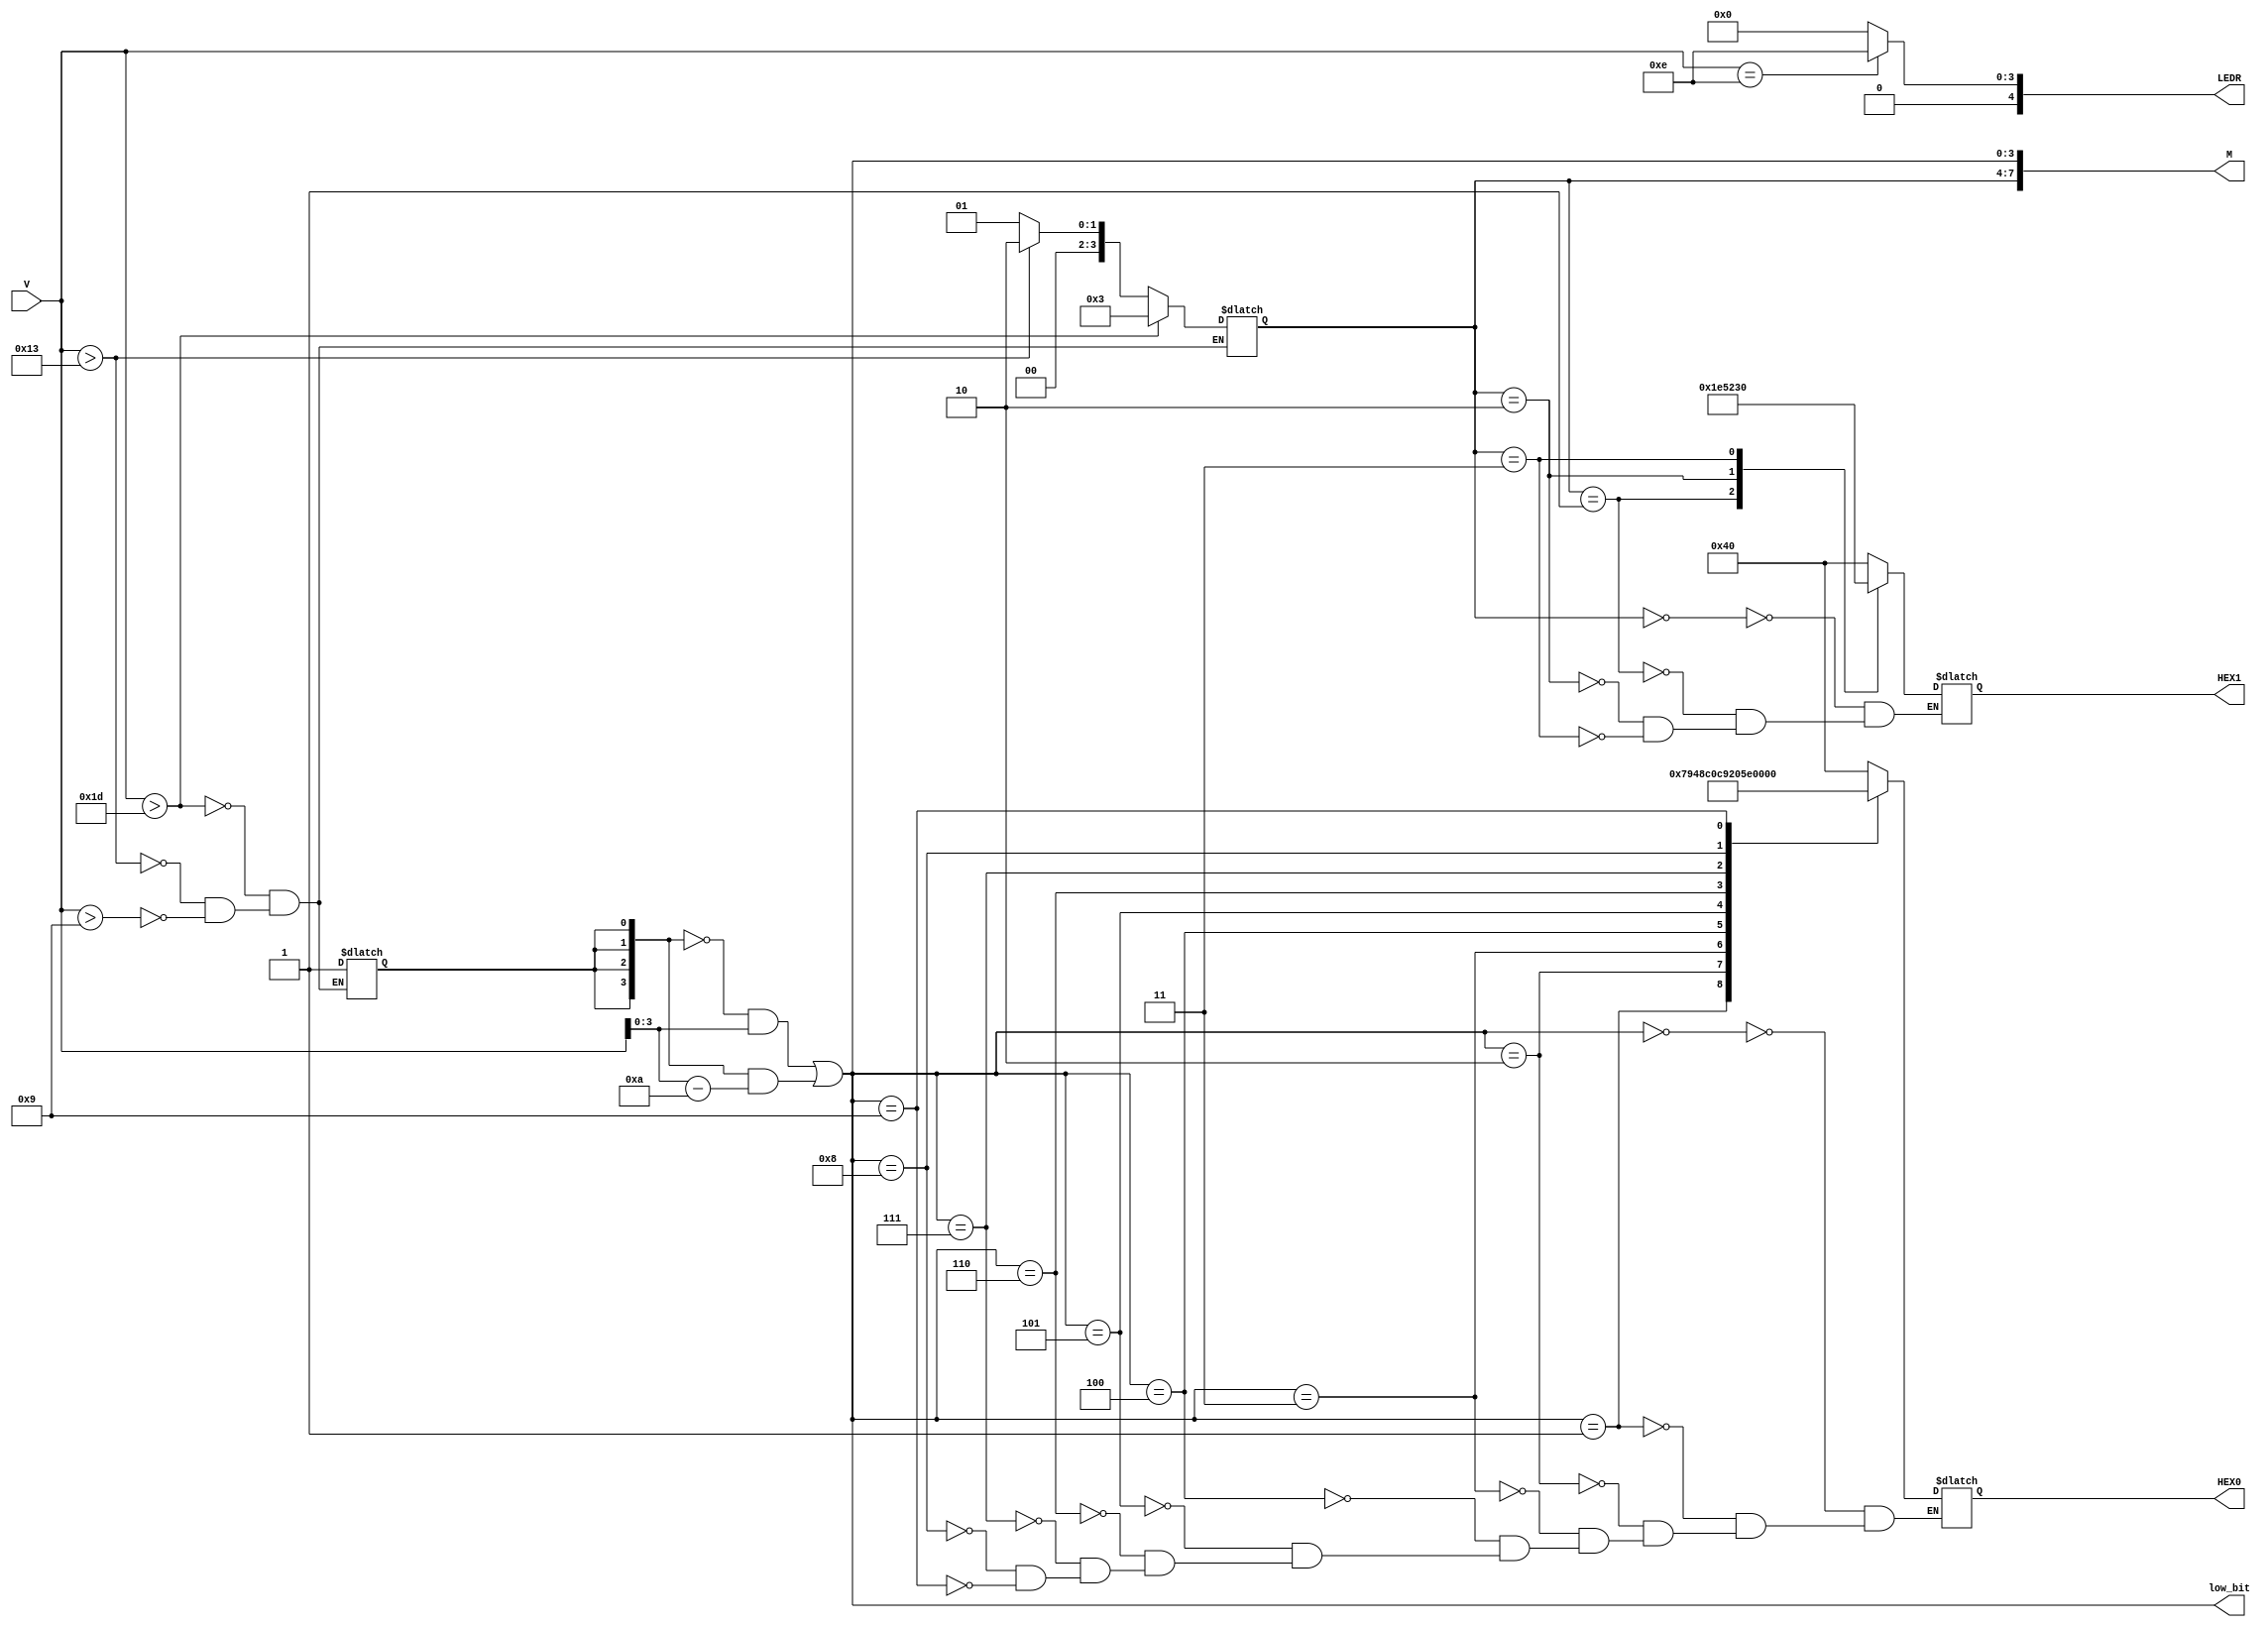
// 
module lab3(
	input [4:0] V,
	output [3:0] low_bit,
	output reg [4:0] LEDR,
	output [7:0] M,
	output reg [6:0] HEX0,
	output reg [6:0] HEX1
);
reg[3:0] high_bit;
reg flag;

always @* begin
	if(V > 5'd9) begin high_bit = 4'd1; flag = 1'd1; end
	if(V > 5'd19) begin high_bit = 4'd2; flag = 1'd1; end
	if(V > 5'd29) begin high_bit = 4'd3; flag = 1'd1; end
end
always @* begin
	case(V)
		5'b01110: LEDR = 5'b01110;
		default: LEDR = 5'b00000;
	endcase
end
assign low_bit = (~{4{flag}} & V) | ({4{flag}} & (V - 4'b1010));
assign M[7:4] = high_bit;
assign M[3:0] = low_bit;

always @* begin
	case(M[7:4])
		4'd0: HEX1 = 7'b1000000;
		4'd1: HEX1 = 7'b1111001;
		4'd2: HEX1 = 7'b0100100;
		4'd3: HEX1 = 7'b0110000;
	endcase
end

always @* begin
	case(M[3:0])
		4'd0: HEX0 = 7'b1000000;
		4'd1: HEX0 = 7'b1111001;
		4'd2: HEX0 = 7'b0100100;
		4'd3: HEX0 = 7'b0110000;
		4'd4: HEX0 = 7'b0011001;
		4'd5: HEX0 = 7'b0010010;
		4'd6: HEX0 = 7'b0000010;
		4'd7: HEX0 = 7'b1111000;
		4'd8: HEX0 = 7'b0000000;
		4'd9: HEX0 = 7'b0010000;
 endcase
end

endmodule